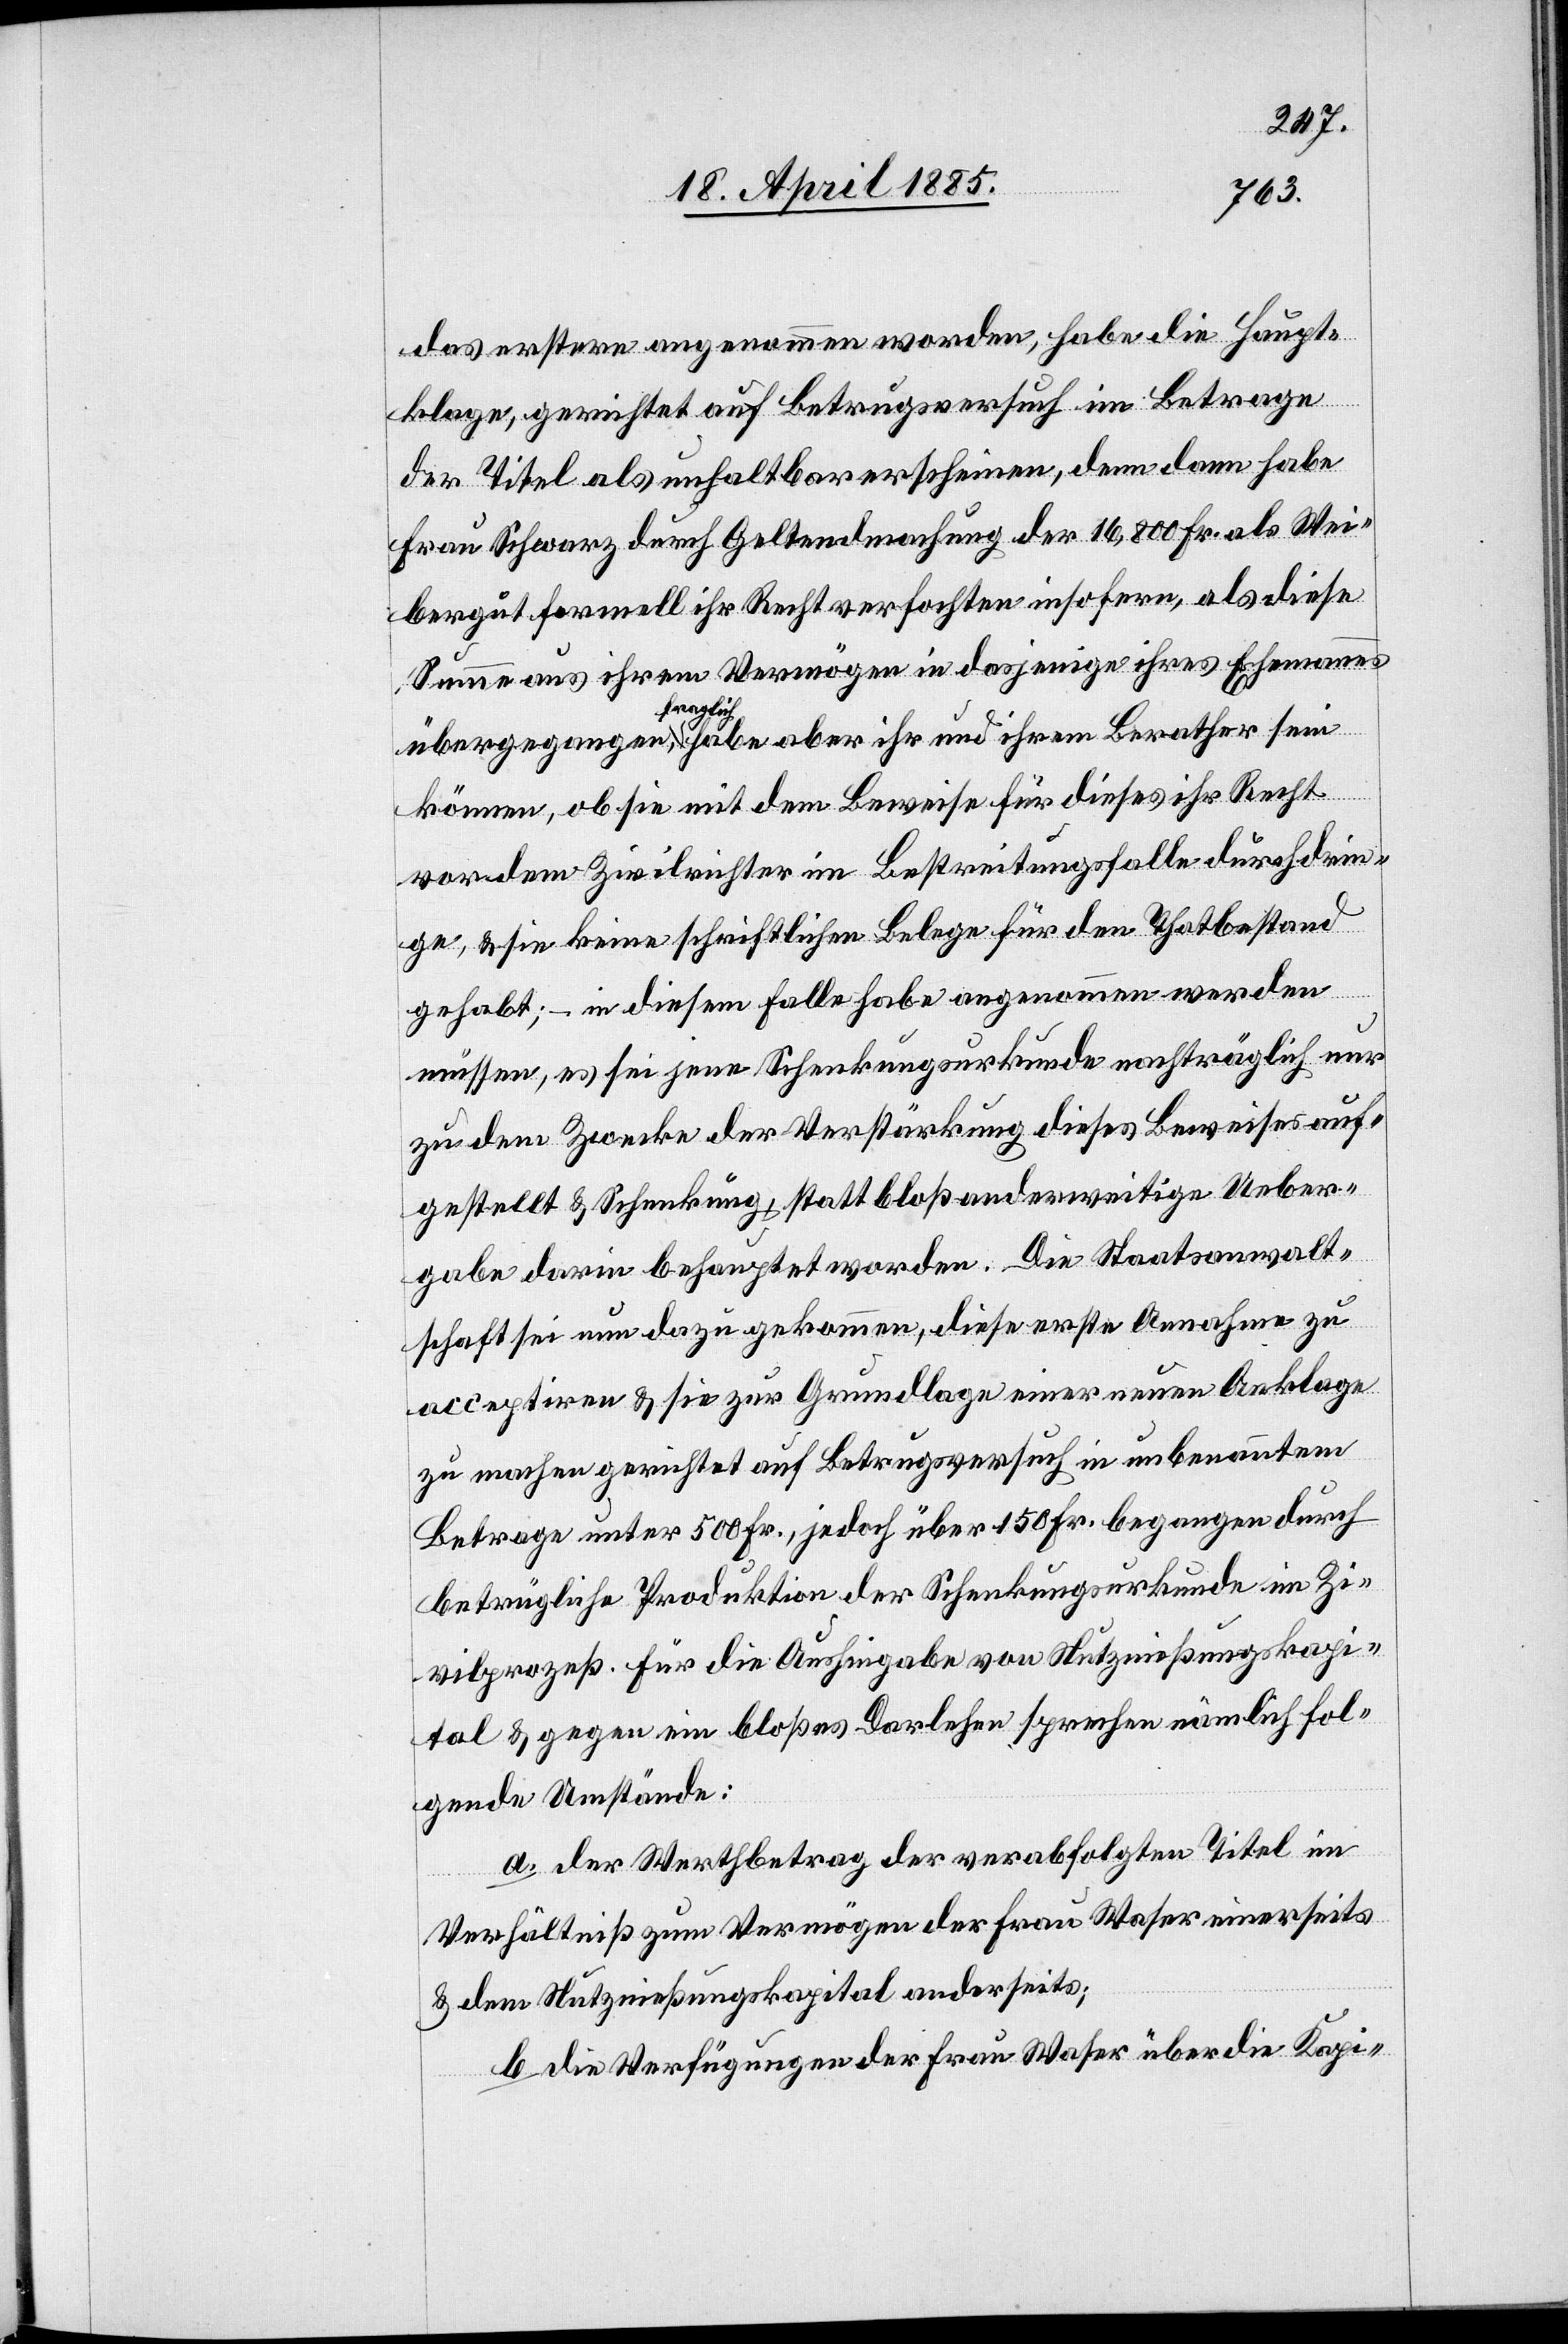
das erstere angenommen worden, habe die Haupt¬
klage, gerichtet auf Betrugsversuch im Betrage
der Titel als unhaltbar erscheinen, denn dann habe
Frau Schwarz durch Geltendmachung der 16,800 Fr. als Wei¬
bergut formell ihr Recht verfochten insofern, als diese
Summe aus ihrem Vermögen in dasjenige ihres Ehemannes
übergegangen, fraglich habe aber ihr und ihrem Berather sein
können, ob sie mit dem Beweise für dieses ihr Recht
vor dem Zivilrichter im Bestreitungsfalle durchdrin¬
ge, & sie keine schriftliche Belege für den Thatbestand
gehabt; – in diesem Falle habe angenommen werden
müssen, es sei jene Schenkungsurkunde nachträglich nur
zu dem Zwecke der Verstärkung dieses Beweises auf¬
gestellt & Schenkung, statt bloß anderweitige Ueber¬
gabe darin behauptet worden. Die Staatsanwalt¬
schaft sei nun dazu gekommen, diese erste Annahme zu
acceptiren & sie zur Grundlage einer neuen Anklage
zu machen gerichtet auf Betrugsversuch in unbenanntem
Betrage unter 500 Fr., jedoch über 150 Fr. begangen durch
betrügliche Produktion der Schenkungsurkunde im Zi¬
vilprozeß. Für die Aushingabe von Nutznießungskapi¬
tal & gegen ein bloßes Darlehen sprechen nämlich fol¬
gende Umstände:
a. der Werthbetrag der verabfolgten Titel im
Verhältniß zum Vermögen der Frau Waser einerseits
& dem Nutznießungskapital anderseits;
b. die Verfügungen der Frau Waser über die Kapi-